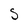
Character: S